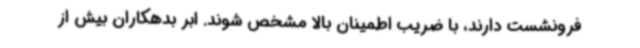
فرونشست دارند، با ضریب اطمینان بالا مشخص شوند. ابر بدهکاران بیش از